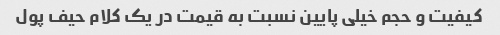
کیفیت و حجم خیلی پایین نسبت به قیمت در یک کلام حیف پول